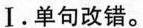
Ⅰ. 单句改错。